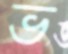
ভ